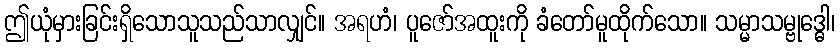
ဤယုံမှားခြင်းရှိသောသူသည်သာလျှင်။ အရဟံ၊ ပူဇော်အထူးကို ခံတော်မူထိုက်သော။ သမ္မာသမ္ဗုဒ္ဓေါ၊